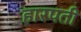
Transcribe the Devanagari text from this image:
हारपती